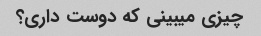
چیزی میبینی که دوست داری؟